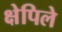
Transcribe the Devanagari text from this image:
क्षेपिले